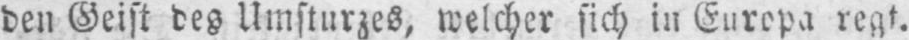
den Geist des Umsturzes, welcher sich in Europa regt.